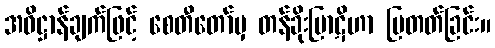
အဓိဋ္ဌာန်ချက်ဖြင့် စေတီတော်မှ တန်ခိုးပြာဋိဟာ ပြတတ်ခြင်း။